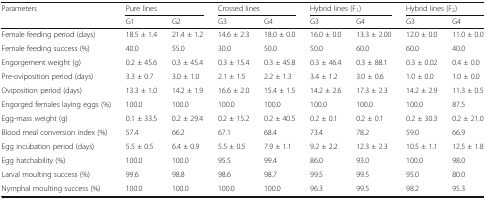
<table><thead><tr><td rowspan="2"><b>Parameters</b></td><td colspan="2"><b>Pure lines</b></td><td colspan="2"><b>Crossed lines</b></td><td colspan="2"><b>Hybrid lines (F<sub>1</sub>)</b></td><td colspan="2"><b>Hybrid lines (F<sub>2</sub>)</b></td></tr><tr><td><b>G1</b></td><td><b>G2</b></td><td><b>G3</b></td><td><b>G4</b></td><td><b>G3</b></td><td><b>G4</b></td><td><b>G3</b></td><td><b>G4</b></td></tr></thead><tbody><tr><td>Female feeding period (days)</td><td>18.5 ± 1.4</td><td>21.4 ± 1.2</td><td>14.6 ± 2.3</td><td>18.0 ± 0.0</td><td>16.0 ± 0.0</td><td>13.3 ± 2.00</td><td>12.0 ± 0.0</td><td>11.0 ± 0.0</td></tr><tr><td>Female feeding success (%)</td><td>40.0</td><td>55.0</td><td>30.0</td><td>50.0</td><td>50.0</td><td>60.0</td><td>60.0</td><td>40.0</td></tr><tr><td>Engorgement weight (g)</td><td>0.2 ± 45.6</td><td>0.3 ± 45.4</td><td>0.3 ± 15.4</td><td>0.3 ± 45.8</td><td>0.3 ± 46.4</td><td>0.3 ± 88.1</td><td>0.3 ± 0.02</td><td>0.4 ± 0.0</td></tr><tr><td>Pre-oviposition period (days)</td><td>3.3 ± 0.7</td><td>3.0 ± 1.0</td><td>2.1 ± 1.5</td><td>2.2 ± 1.3</td><td>3.4 ± 1.2</td><td>3.0 ± 0.6</td><td>1.0 ± 0.0</td><td>1.0 ± 0.0</td></tr><tr><td>Oviposition period (days)</td><td>13.3 ± 1.0</td><td>14.2 ± 1.9</td><td>16.6 ± 2.0</td><td>15.4 ± 1.5</td><td>14.2 ± 2.6</td><td>17.3 ± 2.3</td><td>14.2 ± 2.9</td><td>11.3 ± 0.5</td></tr><tr><td>Engorged females laying eggs (%)</td><td>100.0</td><td>100.0</td><td>100.0</td><td>100.0</td><td>100.0</td><td>100.0</td><td>100.0</td><td>87.5</td></tr><tr><td>Egg-mass weight (g)</td><td>0.1 ± 33.5</td><td>0.2 ± 29.4</td><td>0.2 ± 15.2</td><td>0.2 ± 40.5</td><td>0.2 ± 0.1</td><td>0.2 ± 0.1</td><td>0.2 ± 30.3</td><td>0.2 ± 21.0</td></tr><tr><td>Blood meal conversion index (%)</td><td>57.4</td><td>66.2</td><td>67.1</td><td>68.4</td><td>73.4</td><td>78.2</td><td>59.0</td><td>66.9</td></tr><tr><td>Egg incubation period (days)</td><td>5.5 ± 0.5</td><td>6.4 ± 0.9</td><td>5.5 ± 0.5</td><td>7.9 ± 1.1</td><td>9.2 ± 2.2</td><td>12.3 ± 2.3</td><td>10.5 ± 1.1</td><td>12.5 ± 1.8</td></tr><tr><td>Egg hatchability (%)</td><td>100.0</td><td>100.0</td><td>95.5</td><td>99.4</td><td>86.0</td><td>93.0</td><td>100.0</td><td>98.0</td></tr><tr><td>Larval moulting success (%)</td><td>99.6</td><td>98.8</td><td>98.6</td><td>98.7</td><td>99.5</td><td>99.5</td><td>95.0</td><td>80.0</td></tr><tr><td>Nymphal moulting success (%)</td><td>100.0</td><td>100.0</td><td>100.0</td><td>100.0</td><td>96.3</td><td>99.5</td><td>98.2</td><td>95.3</td></tr></tbody></table>